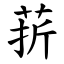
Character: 䓆